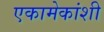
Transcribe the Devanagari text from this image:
एकामेकांशी